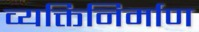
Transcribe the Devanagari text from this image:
व्यक्तिनिर्माण